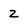
Character: z